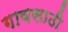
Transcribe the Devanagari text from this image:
गावसाठी